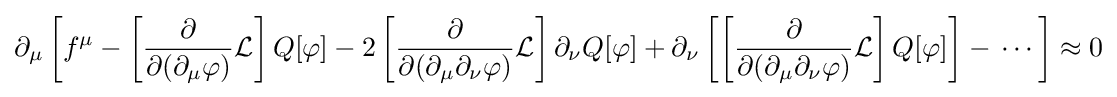
\partial _{\mu }\left[f^{\mu }-\left[{\frac {\partial }{\partial (\partial _{\mu }\varphi )}}{\mathcal {L}}\right]Q[\varphi ]-2\left[{\frac {\partial }{\partial (\partial _{\mu }\partial _{\nu }\varphi )}}{\mathcal {L}}\right]\partial _{\nu }Q[\varphi ]+\partial _{\nu }\left[\left[{\frac {\partial }{\partial (\partial _{\mu }\partial _{\nu }\varphi )}}{\mathcal {L}}\right]Q[\varphi ]\right]-\,\dotsm \right]\approx 0